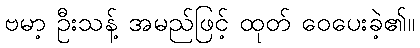
ဗမာ့ ဦးသန့် အမည်ဖြင့် ထုတ် ဝေပေးခဲ့၏။